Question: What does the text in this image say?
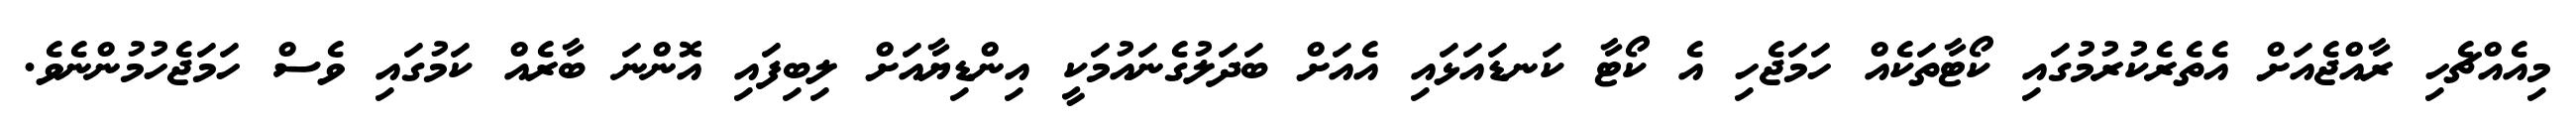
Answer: މިއެއްޗެހި ރާއްޖެއަށް އެތެރެކުރުމުގައި ކޯޓާތަކެއް ހަމަޖެހި އެ ކޯޓާ ކަނޑައަޅައި އެއަށް ބަދަލުގެނައުމަކީ އިންޑިޔާއަށް ލިބިފައި އޮންނަ ބާރެއް ކަމުގައި ވެސް ހަމަޖެހުމުންނެވެ.